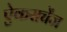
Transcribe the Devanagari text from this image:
ऐकसचेंज